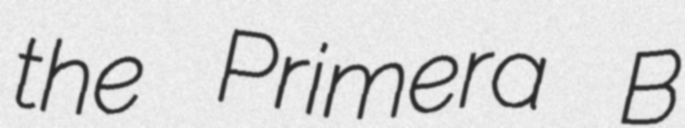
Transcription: the Primera B